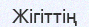
Жігіттің